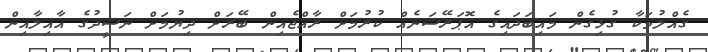
ގެއްލުމަކާ ގުޅިގެން މައިބަދައިގެ އޮޕަރޭޝަނެއް ކުރުމަށް ރާއްޖެއިން ބޭރަށް ދިޔުމަށް ނަޝީދުގެ އާއިލާއިން